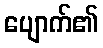
ပျောက်၏